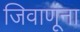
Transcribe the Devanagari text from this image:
जिवाणूंना